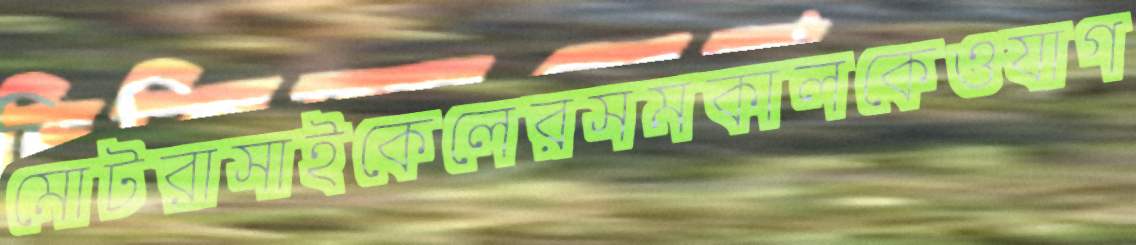
মোটরাসাইকেলেরসমকালকেওযাগ